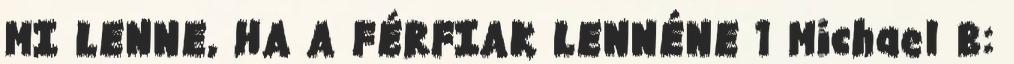
MI LENNE, HA A FÉRFIAK LENNÉNE 1 Michael B: